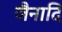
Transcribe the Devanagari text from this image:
जैनादि